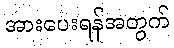
အားပေးရန်အတွက်